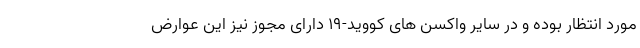
مورد انتظار بوده و در سایر واکسن های کووید-19 دارای مجوز نیز این عوارض